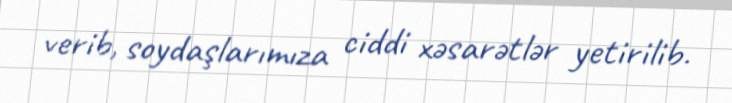
verib, soydaşlarımıza ciddi xəsarətlər yetirilib.